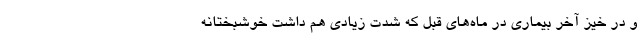
و در خیز آخر بیماری در ماه‌های قبل که شدت زیادی هم داشت خوشبختانه